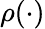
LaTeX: \rho(\cdot)